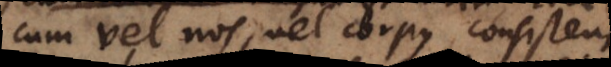
cum vel nos, vel corpus [in]consistens